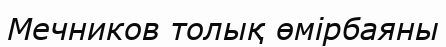
Мечников толық өмірбаяны